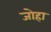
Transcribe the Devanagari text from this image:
जोहा